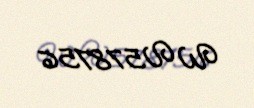
WV578756